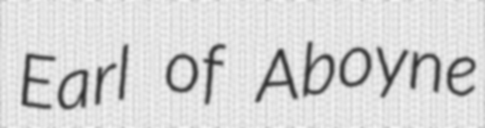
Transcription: Earl of Aboyne